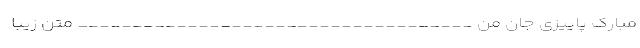
مبارک پاییزی جان من ____________________________________ متن زیبا